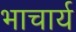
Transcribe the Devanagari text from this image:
भाचार्य